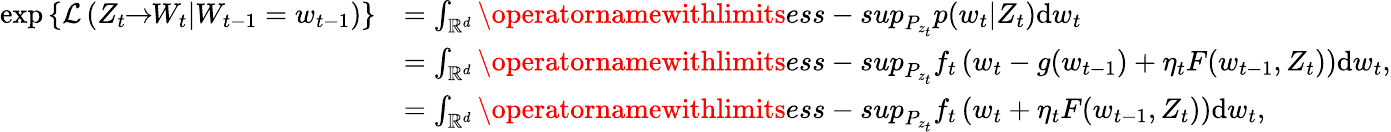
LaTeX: \begin{array}{rl}{\exp\left\lbrace\mathcal{L}\left(Z_{t}\! \! \to\! \! W_{t}|W_{t-1}=w_{t-1}\right)\right\rbrace}&{=\int_{\mathbb{R}^{d}}\operatornamewithlimits{ess-sup}_{P_{z_{t}}}p(w_{t}|Z_{t})\mathrm{d}w_{t}}\\ &{=\int_{\mathbb{R}^{d}}\operatornamewithlimits{ess-sup}_{P_{z_{t}}}f_{t}\left(w_{t}-g(w_{t-1})+\eta_{t}F(w_{t-1},Z_{t})\right)\mathrm{d}w_{t},}\\ &{=\int_{\mathbb{R}^{d}}\operatornamewithlimits{ess-sup}_{P_{z_{t}}}f_{t}\left(w_{t}+\eta_{t}F(w_{t-1},Z_{t})\right)\mathrm{d}w_{t},}\end{array}